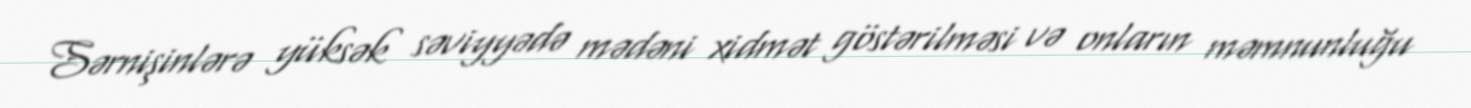
Sərnişinlərə yüksək səviyyədə mədəni xidmət göstərilməsi və onların məmnunluğu